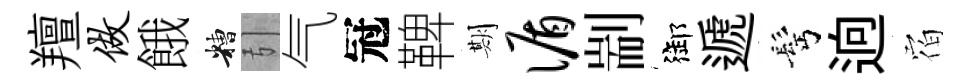
羶做餓糟引气冠鞞期循剬御遞髩逈𪧐